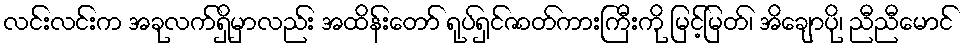
လင်းလင်းက အခုလက်ရှိမှာလည်း အထိန်းတော် ရုပ်ရှင်ဇာတ်ကားကြီးကို မြင့်မြတ်၊ အိချောပို၊ ညီညီမောင်